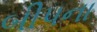
બીપના